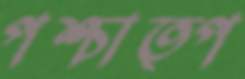
পশ্চাত্প